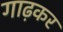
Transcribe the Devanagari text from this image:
गाढ़कर